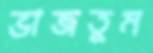
ভাজতুম